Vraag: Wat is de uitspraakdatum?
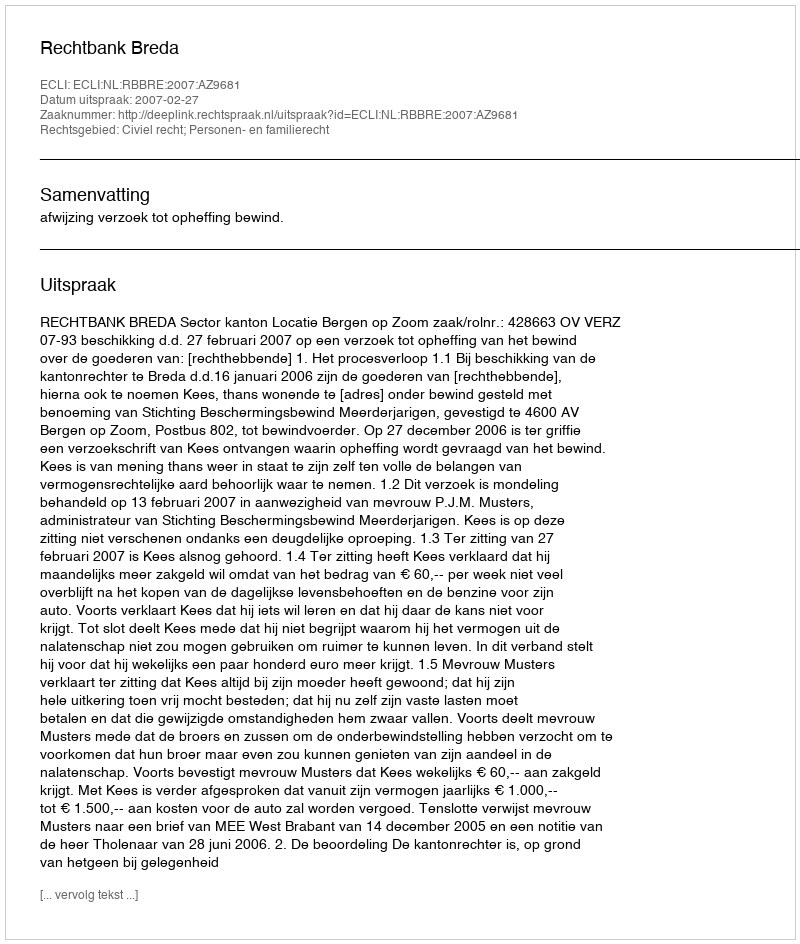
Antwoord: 2007-02-27